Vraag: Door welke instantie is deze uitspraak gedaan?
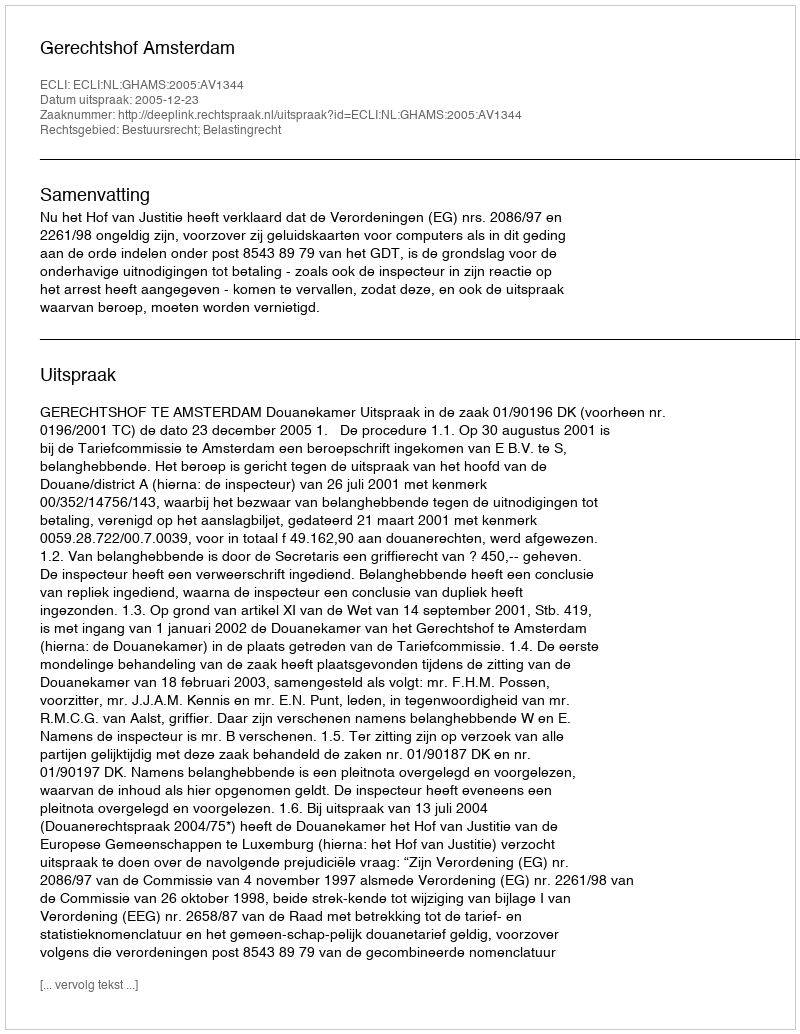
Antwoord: Gerechtshof Amsterdam